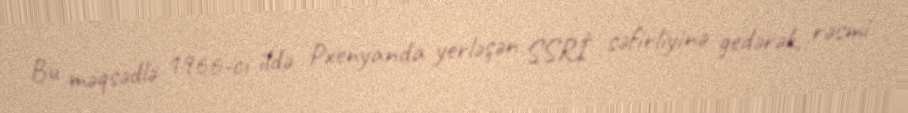
Bu məqsədlə 1966-cı ildə Pxenyanda yerləşən SSRİ səfirliyinə gedərək, rəsmi